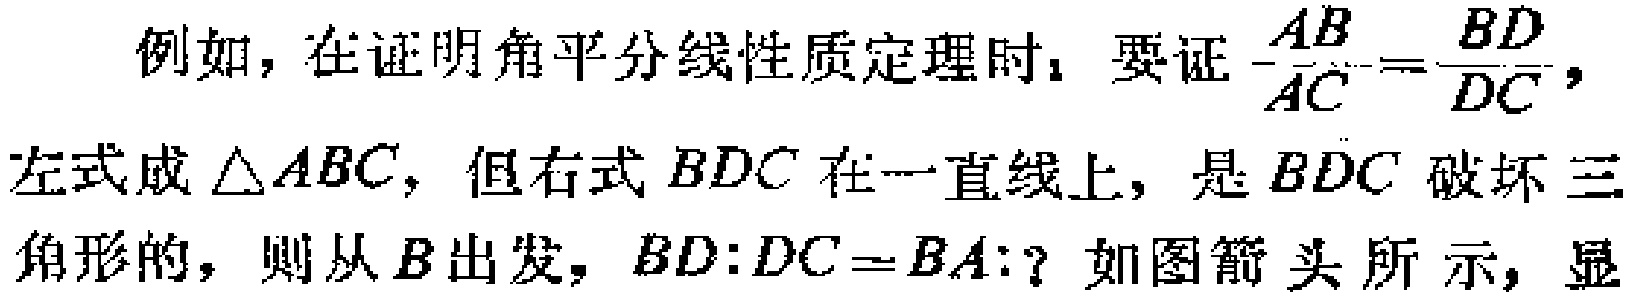
例如，在证明角平分线性质定理时，要证$\frac{AB}{AC}=\frac{BD}{DC}$，左式成$\triangle ABC$，但右式$BDC$在一直线上，是$BDC$破坏三角形的，则从$B$出发，$BD:DC = BA:？$如图箭头所示，显